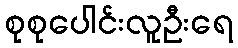
စုစုပေါင်းလူဦးရေ